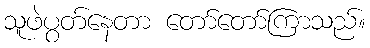
သူဖဲပွတ်နေတာ တော်တော်ကြာသည်။